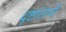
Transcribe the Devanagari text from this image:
दृष्टांताची